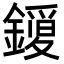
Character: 𮣈